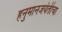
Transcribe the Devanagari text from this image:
हनुमानजयंतीचा